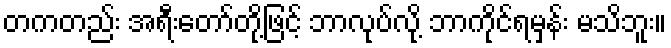
တကတည်း အရီးတော်တို့ဖြင့် ဘာလုပ်လို့ ဘာကိုင်ရမှန်း မသိဘူး။